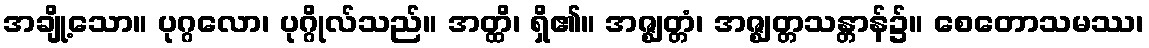
အချို့သော။ ပုဂ္ဂလော၊ ပုဂ္ဂိုလ်သည်။ အတ္ထိ၊ ရှိ၏။ အဇ္ဈတ္တံ၊ အဇ္ဈတ္တသန္တာန်၌။ စေတောသမဿ၊